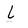
Character: L